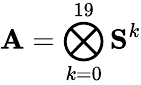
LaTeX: \mathbf{A}=\bigotimes_{k=0}^{19}\mathbf{S}^{k}